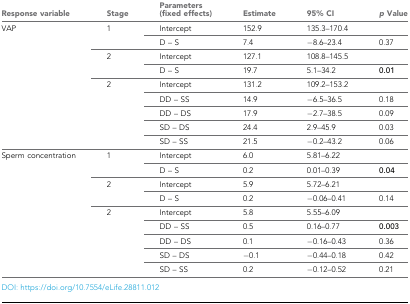
<table><thead><tr><td><b>Response variable</b></td><td><b>Stage</b></td><td><b>Parameters (fixed effects)</b></td><td><b>Estimate</b></td><td><b>95% CI</b></td><td><b><i>p</i> Value</b></td></tr></thead><tbody><tr><td rowspan="9">VAP </td><td rowspan="2">1</td><td>Intercept</td><td>152.9</td><td>135.3–170.4</td><td></td></tr><tr><td>D – S</td><td>7.4</td><td>−8.6–23.4</td><td>0.37</td></tr><tr><td rowspan="2">2</td><td>Intercept</td><td>127.1</td><td>108.8–145.5</td><td></td></tr><tr><td>D – S</td><td>19.7</td><td>5.1–34.2</td><td><b>0.01</b></td></tr><tr><td rowspan="5">2 </td><td>Intercept</td><td>131.2</td><td>109.2–153.2</td><td></td></tr><tr><td>DD – SS</td><td>14.9</td><td>−6.5–36.5</td><td>0.18</td></tr><tr><td>DD – DS</td><td>17.9</td><td>−2.7–38.5</td><td>0.09</td></tr><tr><td>SD – DS</td><td>24.4</td><td>2.9–45.9</td><td>0.03</td></tr><tr><td>SD – SS</td><td>21.5</td><td>−0.2–43.2</td><td>0.06</td></tr><tr><td rowspan="9">Sperm concentration </td><td rowspan="2">1</td><td>Intercept</td><td>6.0</td><td>5.81–6.22</td><td></td></tr><tr><td>D – S</td><td>0.2</td><td>0.01–0.39</td><td><b>0.04</b></td></tr><tr><td rowspan="2">2</td><td>Intercept</td><td>5.9</td><td>5.72–6.21</td><td></td></tr><tr><td>D – S</td><td>0.2</td><td>−0.06–0.41</td><td>0.14</td></tr><tr><td rowspan="5">2 </td><td>Intercept</td><td>5.8</td><td>5.55–6.09</td><td></td></tr><tr><td>DD – SS</td><td>0.5</td><td>0.16–0.77</td><td><b>0.003</b></td></tr><tr><td>DD – DS</td><td>0.1</td><td>−0.16–0.43</td><td>0.36</td></tr><tr><td>SD – DS</td><td>−0.1</td><td>−0.44–0.18</td><td>0.42</td></tr><tr><td>SD – SS</td><td>0.2</td><td>−0.12–0.52</td><td>0.21</td></tr></tbody></table>